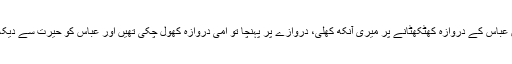
دوسرے دن عباس کے دروازہ کھٹکھٹانے پر میری آنکھ کھلی، دروازے پر پہنچا تو امی دروازہ کھول چکی تھیں اور عباس کو حیرت سے دیکھ رہی تھیں۔